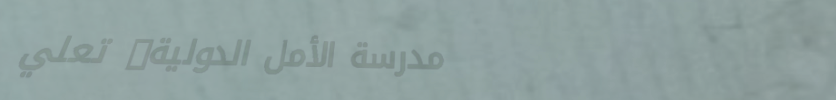
مدرسة الأمل الدولية: تعلي